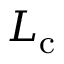
L _ { \mathrm { c } }